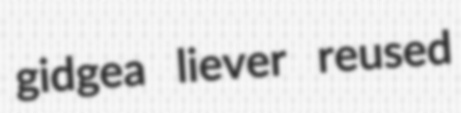
gidgea liever reused